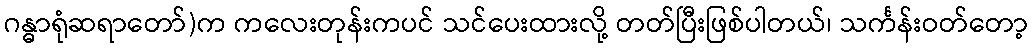
ဂန္ဓာရုံဆရာတော်)က ကလေးတုန်းကပင် သင်ပေးထားလို့ တတ်ပြီးဖြစ်ပါတယ်၊ သင်္ကန်းဝတ်တော့